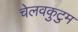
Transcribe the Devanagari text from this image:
चेलवकुटुम